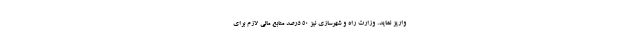
واریز نماید. وزارت راه و شهرسازی نیز ۵۰ درصد منابع مالی لازم برای